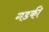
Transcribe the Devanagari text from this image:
गडकी